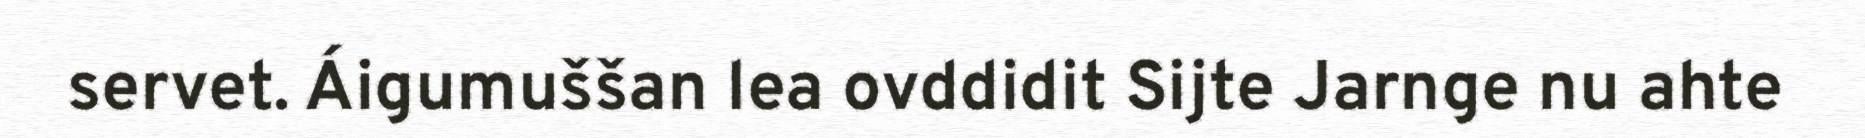
servet. Áigumuššan lea ovddidit Sijte Jarnge nu ahte